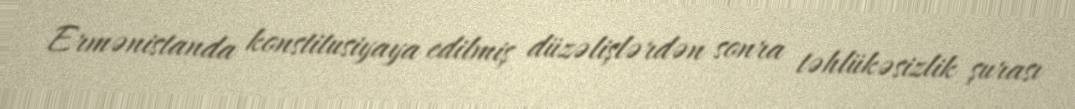
Ermənistanda konstitusiyaya edilmiş düzəlişlərdən sonra təhlükəsizlik şurası